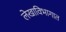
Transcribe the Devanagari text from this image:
लेखाविभागात